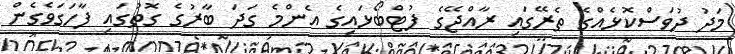
މަދު ދުވަސްކޮޅެއްގެ ތެރޭގައި ރާއްޖޭގެ ފުޓްބޯޅައިގެ އެންމެ ގަދަ ބާރުގެ ގޮތުގައި ފާހަގަވެގެން